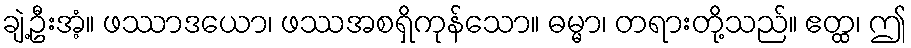
ချဲ့ဦးအံ့။ ဖဿာဒယော၊ ဖဿအစရှိကုန်သော။ ဓမ္မာ၊ တရားတို့သည်။ ဧတ္ထ၊ ဤ